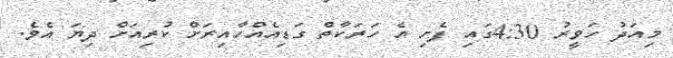
މިއަދު ހަވީރު 4:30ގައި ފެށި އެ ހަރަކާތް ގަޑިއެއްހާއިރަށް ކުރިއަށް ދިޔަ އެވެ.